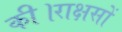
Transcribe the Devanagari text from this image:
की।राक्षसों